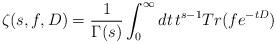
LaTeX: \begin{align*} \zeta(s, f, D) = \frac{1}{\Gamma(s)} \int_0^\infty dt \, t^{s-1} Tr(f e^{-tD})\end{align*}